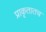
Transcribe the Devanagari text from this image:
प्राकृतातच